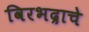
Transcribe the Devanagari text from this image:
विरभद्राचे